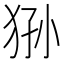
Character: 狲